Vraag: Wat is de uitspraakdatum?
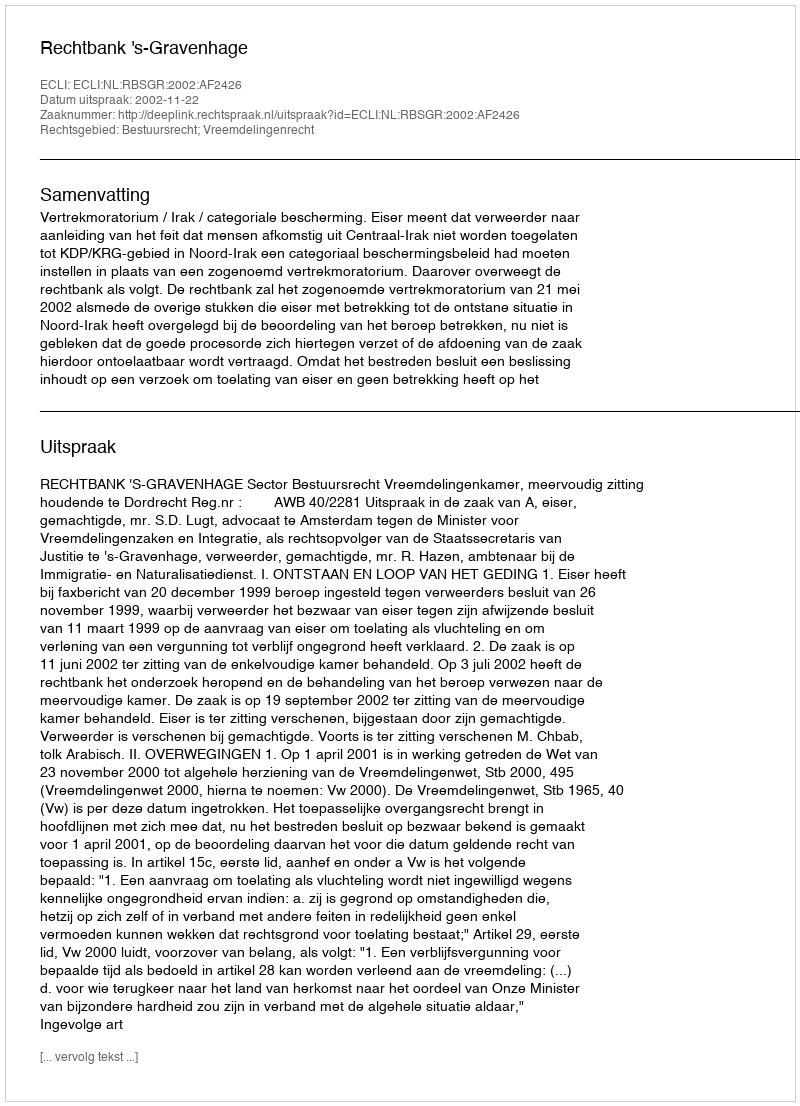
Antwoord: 2002-11-22